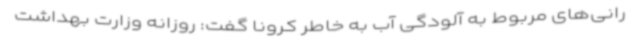
رانی‌های مربوط به آلودگی آب به خاطر کرونا گفت: روزانه وزارت بهداشت